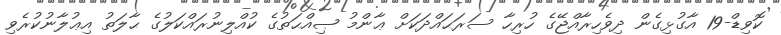
ކޮވިޑް-19 އާގުޅިގެން ދިވެހިރާއްޖޭގެ ހުރިހާ ސަރަޙައްދަކަށް ޢާންމު ޞިއްޙަތުގެ ކުއްލިނުރައްކަލުގެ ޙާލަތު އިޢުލާނުކުރެވި